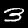
Digit: 3